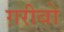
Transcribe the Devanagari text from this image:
ग़रीबो